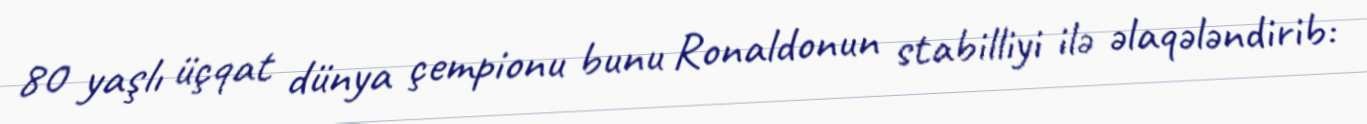
80 yaşlı üçqat dünya çempionu bunu Ronaldonun stabilliyi ilə əlaqələndirib: